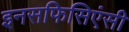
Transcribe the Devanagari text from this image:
इनसफिसिएंसी